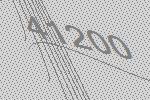
41200